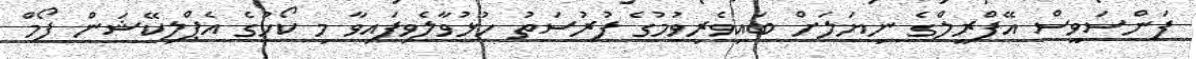
ފަންސަވީސް އޭފްރީލްގެ ނިޔަލަށް ބައިވެރިވުމުގެ ފުރުސަތު ހުޅުވާލެވިފައިވާ މި ކޯހުގެ އެޕްލިކޭޝަން ފޯމް